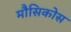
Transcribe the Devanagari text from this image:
मौसिकोस